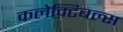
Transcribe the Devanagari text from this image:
कलेक्टिबल्स